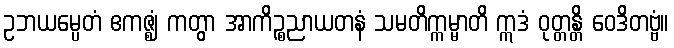
ဥဘယမ္ပေတံ ဧကဇ္ဈံ ကတွာ အာကိဉ္စညာယတနံ သမတိက္ကမ္မာတိ ဣဒံ ဝုတ္တန္တိ ဝေဒိတဗ္ဗံ။